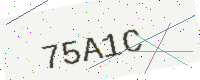
Text: 75A1C